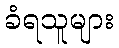
ခံရသူများ